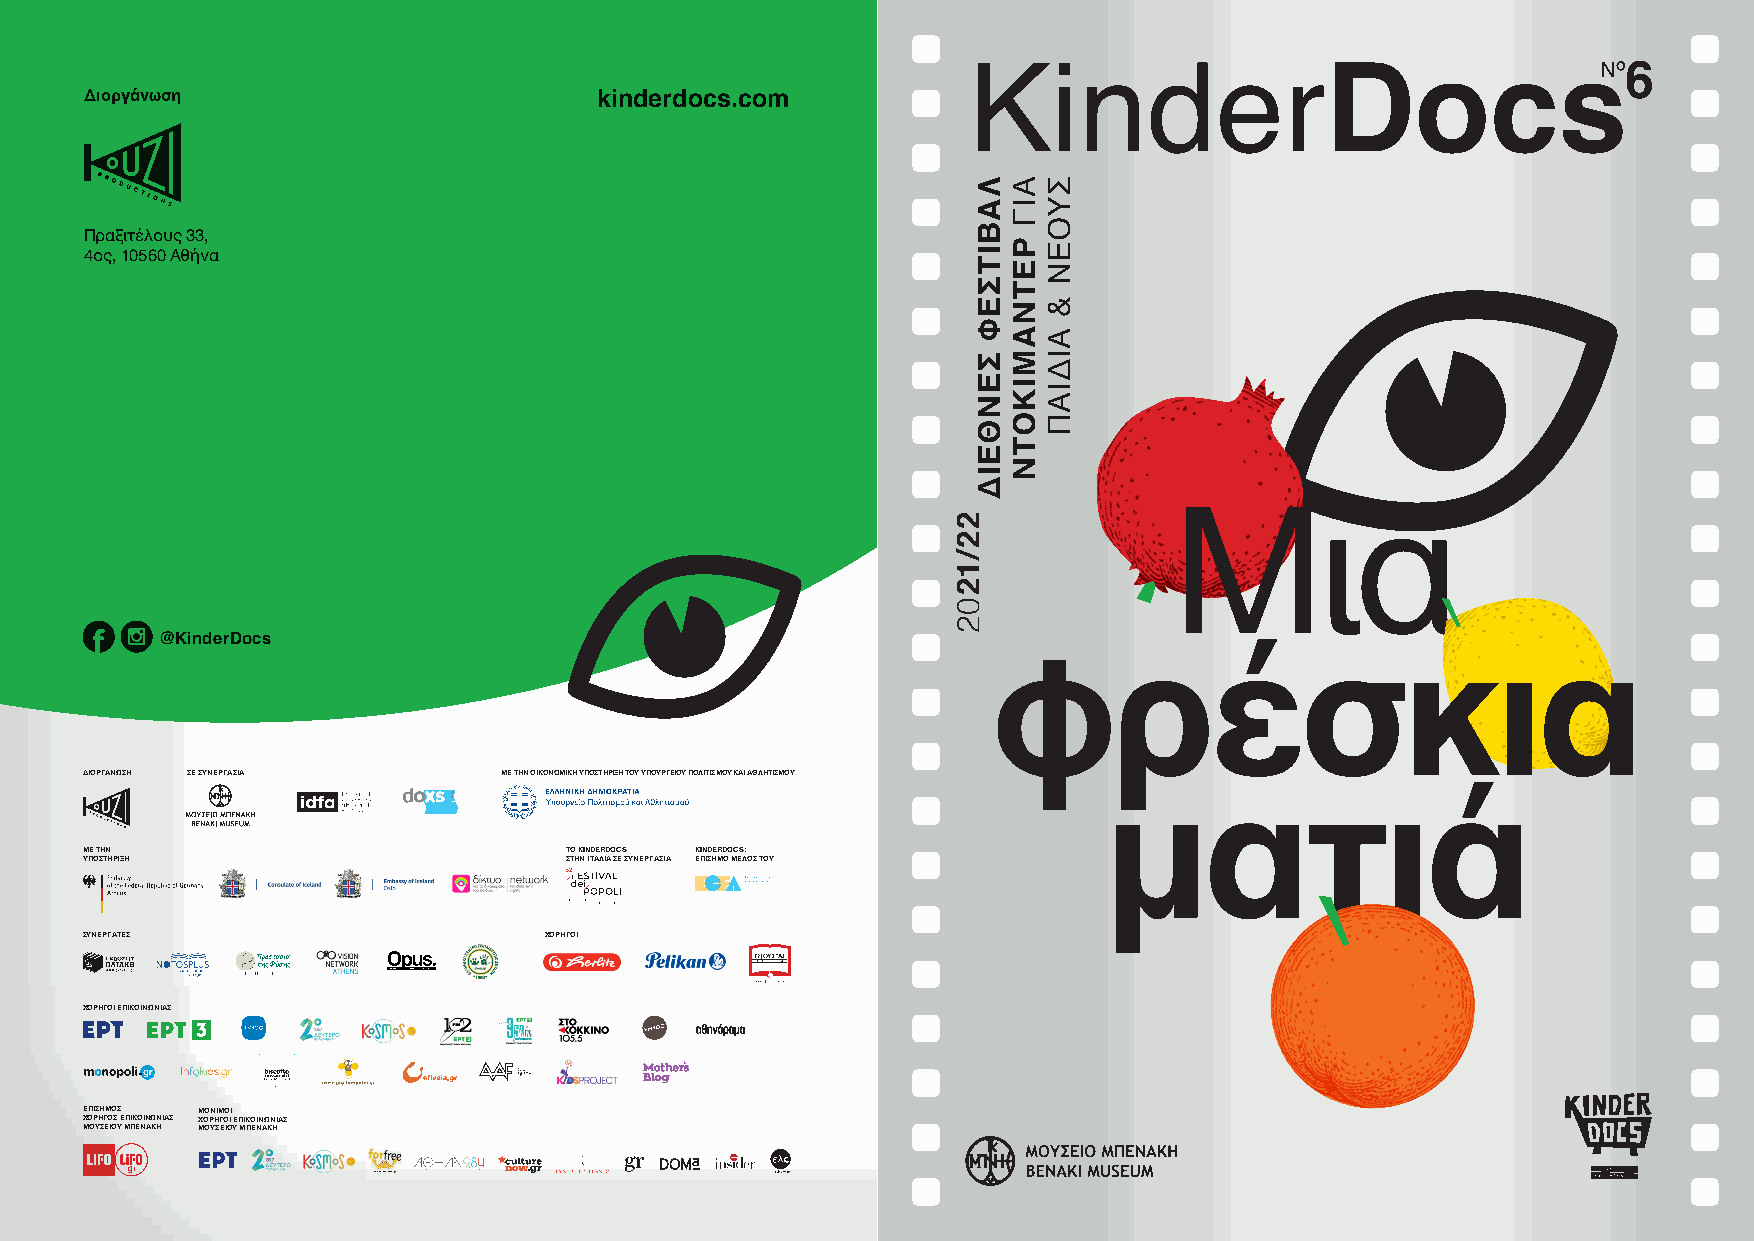
Διοργάνωση                        kinderdocs.com
 Πραξιτέλους 33,
 4ος, 10560 Αθήνα
 @KinderDocs
 ΔΙΟΡΓΆΝΩΣΗ ΣΕ ΣΥΝΕΡΓΑΣΊΑ    ΜΕ ΤΗΝ ΟΙΚΟΝOΜΙΚΗ ΥΠΟΣΤΗΡΙΞΗ ΤΟΥ ΥΠΟΥΡΓΕΙΟΥ ΠΟΛΙΤΙΣΜΟΥ ΚΑΙ ΑΘΛΗΤΙΣΜΟΥ
 ΜΕ ΤΗΝ                          ΤΟ KINDERDOCS KINDERDOCS:
 ΥΠΟΣΤΗΡΙΞΗ                      ΣΤΗΝ ΙΤΑΛΙΑ ΣΕ ΣΥΝΕΡΓΑΣΙΑ ΕΠΊΣΗΜΟ ΜΕΛΟΣ ΤΟΥ
 ΣΥΝΕΡΓΆΤΕΣ                     ΧΟΡΗΓΟΙ
 ΧΟΡΗΓΟΙ ΕΠΙΚΟΙΝΩΝΙΑΣ
 ΕΠΊΣΗΜΟΣ ΜΟΝΙΜΟΙ
 ΧΟΡΗΓΟΣ ΕΠΊΚΟΊΝΩΝΊΑΣ ΧΟΡΗΓΟΙ ΕΠΙΚΟΙΝΩΝΙΑΣ
 ΜΟΥΣΕΊΟΥ ΜΠΕΝΑΚΗ ΜΟΥΣΕΙΟΥ ΜΠΕΝΑΚΗ
 22/1202
 ΛΆΒΙΤΣΕΦ
 ΣΕΝΘΕΙΔ
 ΑΙΓ
 ΡΕΤΝΆΜΙΚΟΤΝ
 ΣΥΟΈΝ
 &
 ΑΙΔΙΑΠ